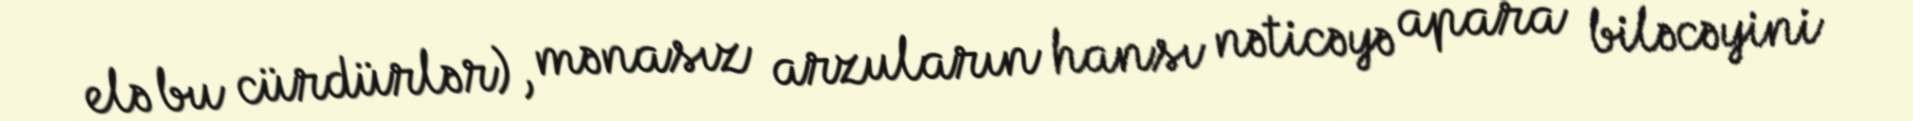
elə bu cürdürlər), mənasız arzuların hansı nəticəyə apara biləcəyini